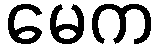
မေက